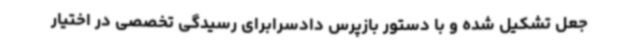
جعل تشکیل شده و با دستور بازپرس دادسرابرای رسیدگی تخصصی در اختیار